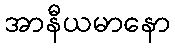
အာနီယမာနော